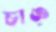
চাঙ্‌